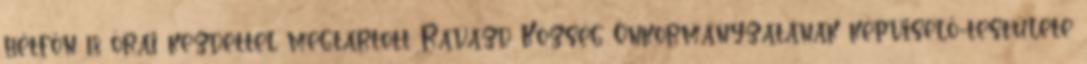
hétfőn 18 órai kezdettel megtartott Ravazd Község Önkormányzatának képviselő-testülete